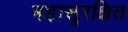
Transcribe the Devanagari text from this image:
महासुरक्षित